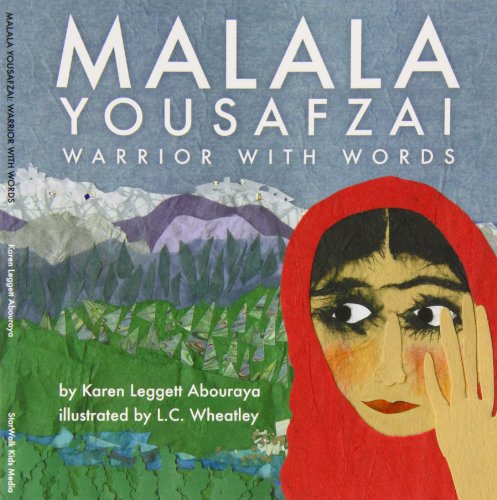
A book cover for Malala Yousafzai: Warrior with Words; Karen Leggett Abouraya; Children's Books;